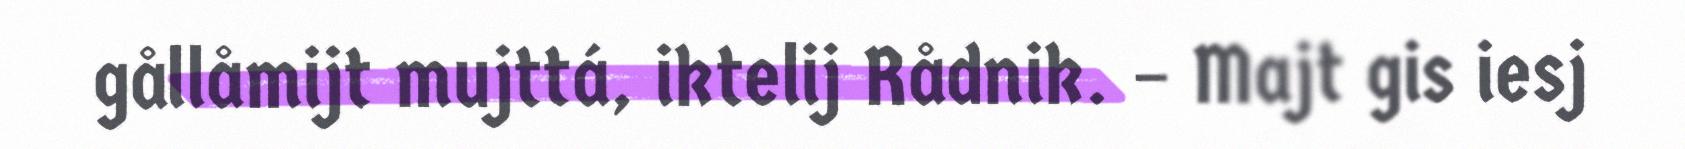
gållåmijt mujttá, iktelij Rådnik. – Majt gis iesj